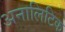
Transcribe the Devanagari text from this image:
अनालिटिक